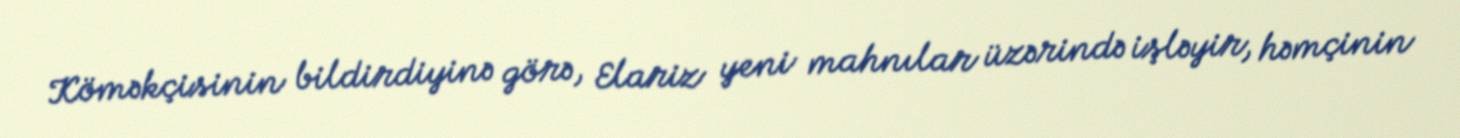
Köməkçisinin bildirdiyinə görə, Elariz yeni mahnılar üzərində işləyir, həmçinin